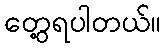
တွေ့ရပါတယ်။